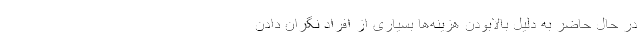
در حال حاضر به دلیل بالابودن هزینه‌ها بسیاری از افراد نگرانِ دادنِ